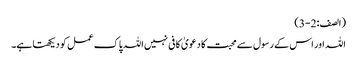
(الصف : 2-3)
اللہ اور اس کے رسول سے محبت کا دعویٰ کافی نہیں اللہ پاک عمل کو دیکھتا ہے۔